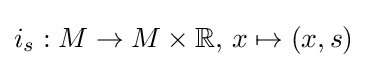
i_{s}:M\to M\times \mathbb {R} ,\,x\mapsto (x,s)